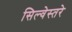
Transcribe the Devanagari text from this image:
सिल्वेस्तरे